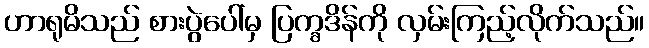
ဟာရုမိသည် စားပွဲပေါ်မှ ပြက္ခဒိန်ကို လှမ်းကြည့်လိုက်သည်။